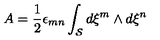
A = { \frac { 1 } { 2 } } \epsilon _ { m n } \int _ { \cal S } d \xi ^ { m } \wedge d \xi ^ { n }